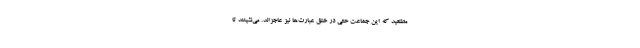
مطلعید که این جماعت حتی در خلق عبارت‌ها نیز عاجزاند. می‌نشینند تا